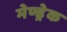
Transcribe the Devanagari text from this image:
मेण्ड्रेक